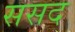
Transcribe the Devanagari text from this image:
ससद